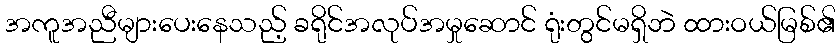
အကူအညီများပေးနေသည့် ခရိုင်အလုပ်အမှုဆောင် ရုံးတွင်မရှိဘဲ ထားဝယ်မြစ်၏